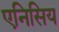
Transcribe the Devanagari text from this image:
एनिसिय